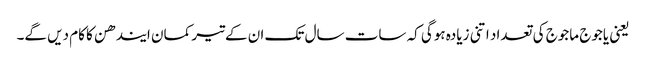
یعنی یاجوج ماجوج کی تعداد اتنی زیادہ ہوگی کہ سات سال تک ان کےتیر کمان ایندھن کا کام دیں گے۔